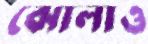
ঝোলাও